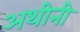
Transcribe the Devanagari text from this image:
अथीनी